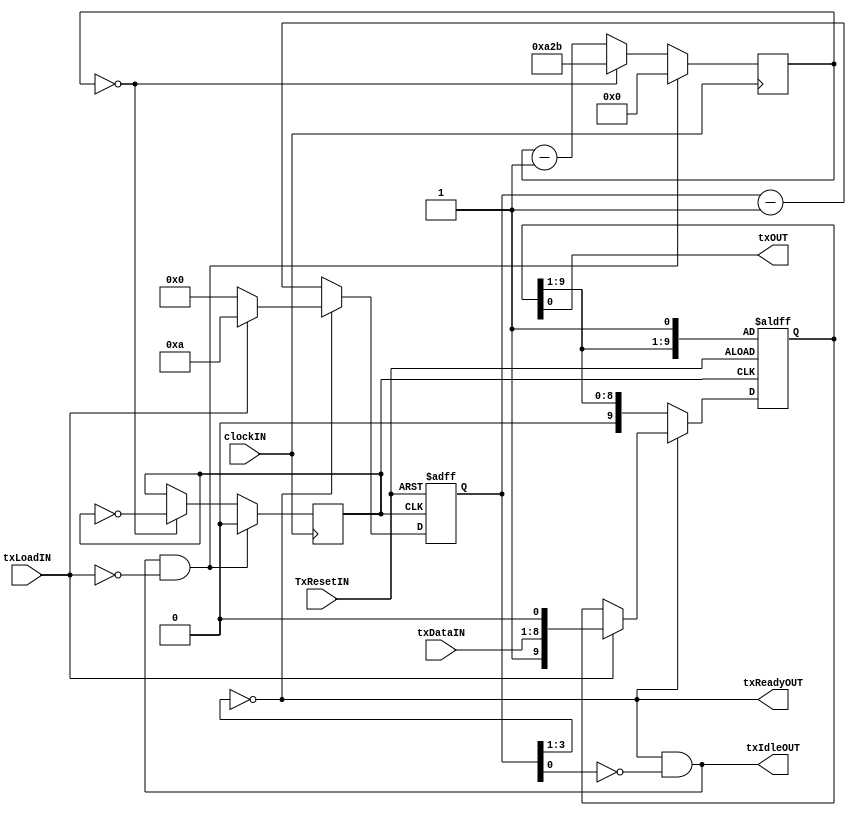
module UART_TX
#(
	parameter CLOCK_FREQUENCY = 50_000_000,
	parameter BAUD_RATE       = 9600
)
(
	input  clockIN,
	input  TxResetIN,
	input  [7:0] txDataIN,
	input  txLoadIN,
	output wire txIdleOUT,
	output wire txReadyOUT,
	output wire txOUT
);

localparam HALF_BAUD_CLK_REG_VALUE = (CLOCK_FREQUENCY / BAUD_RATE / 2 - 1);
localparam HALF_BAUD_CLK_REG_SIZE  = $clog2(HALF_BAUD_CLK_REG_VALUE);

reg [HALF_BAUD_CLK_REG_SIZE-1:0] txClkCounter = 0;
reg txBaudClk       = 1'b0;
reg [9:0] txReg     = 10'h001;
reg [3:0] txCounter = 4'h0; 

assign txReadyOUT = !txCounter[3:1];
assign txIdleOUT  = txReadyOUT & (~txCounter[0]);
assign txOUT      = txReg[0];

always @(posedge clockIN) 
begin : tx_clock_generate
	if(txIdleOUT & (~txLoadIN)) 
	begin
		txClkCounter <= 0;
		txBaudClk    <= 1'b0;
	end
	else if(txClkCounter == 0) 
	begin
		txClkCounter <= HALF_BAUD_CLK_REG_VALUE;
		txBaudClk    <= ~txBaudClk;
	end
	else 
	begin
		txClkCounter <= txClkCounter - 1'b1;
	end
end

always @(posedge txBaudClk or posedge TxResetIN) 
begin : tx_transmit
	if(TxResetIN) 
	begin
		txCounter <= 4'h0;
		txReg[0]  <= 1'b1;
	end
	else if(~txReadyOUT) 
	begin
		txReg     <= {1'b0, txReg[9:1]};
		txCounter <= txCounter - 1'b1;
	end
	else if(txLoadIN) 
	begin
		txReg     <= {1'b1, txDataIN[7:0], 1'b0};
		txCounter <= 4'hA;
	end
	else 
	begin
		txCounter <= 4'h0;
	end
end

endmodule